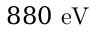
8 8 0 ~ \mathrm { e V }